Vaccination in the Punjab 1867-1880 - 1867-1880
Year: 1867
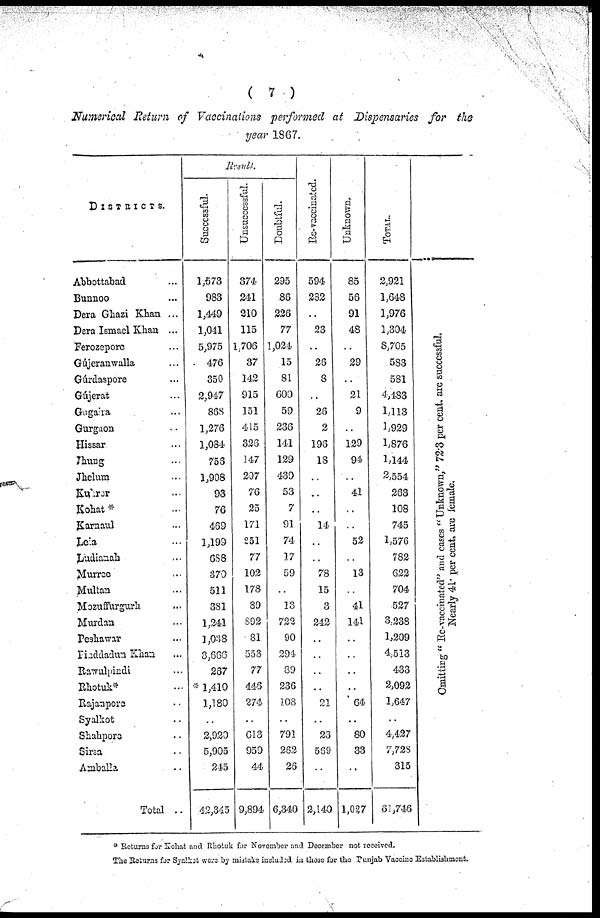
( 7 )
Numerical Return of Vaccinations performed at Dispensaries for the
year 1867.
DISTRICTS.
Abbottabad ...
Bunnoo ...
Dera Ghazi Khan ...
Dera Ismael Khan ...
Ferozepore ...
Gújeranwalla ...
Gúrdaspore ...
Gújerat ...
Gugaira ...
Gurgaon ...
Hissar ...
Jhung ...
Jhelum ...
Kulror ...
Kohat * ...
Karnaul ...
Leia ...
Ludianah ...
Murree ...
Multan ...
Mozuffurgurh ...
Murdan ...
Peshawar ...
Pinddadun Khan ...
Rawulpindi ...
Rhotuk* ...
Rajanpore ...
Syalkot ...
Shahpore ...
Sirsa ...
Amballa ...
Total ...
Result.
Successful.
1,573
983
1,449
1,041
5,975
476
350
2,947
868
1,276
1,084
756
1,908
93
76
469
1,199
688
370
511
381
1,241
1,038
3,666
267
* 1,410
1,180
..
2,920
5,905
245
42,345
Unsuccessful.
374
241
210
115
1,706
37
142
915
151
415
326
147
207
76
25
171
251
77
102
178
89
892
81
553
77
446
274
..
613
959
44
9,894
Doubtful.
295
86
226
77
1,024
15
81
600
59
236
141
129
439
53
7
91
74
17
59
..
13
722
90
294
89
236
108
..
791
262
26
6,340
Re-vaccinated.
594
282
..
23
..
26
8
..
26
2
196
18
..
..
..
14
..
..
78
15
3
242
..
..
..
..
21
..
23
569
..
2,140
Unknown.
85
56
91
48
..
29
..
21
9
..
129
94
..
41
..
..
52
..
13
..
41
141
..
..
..
..
64
..
80
33
..
1,027
TOTAL.
2,921
1,648
1,976
1,304
8,705
583
581
4,483
1,113
1,929
1,876
1,144
2,554
263
108
745
1,576
782
622
704
527
3,238
1,209
4,513
433
2,092
1,647
..
4,427
7,728
315
61,746
Omitting "Re-vaccinated" and cases "Unknown," 72.3 per cent. are successful.
Nearly 41. per cent. are female.
* Returns for Kohat and Rhotuk for November and December not received.
The Returns for Syelkot were by mistake included in those for the Punjab Vaccine Establishment.